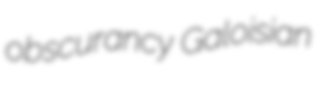
obscurancy Galoisian